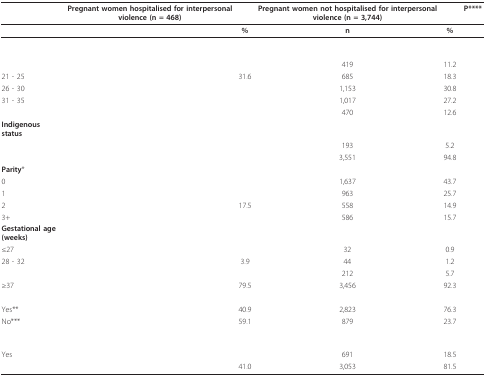
<table><thead><tr><td>[EMPTY_CELL]</td><td><b>Pregnant women hospitalised for interpersonal violence (n = 468)</b></td><td>[EMPTY_CELL]</td><td><b>Pregnant women not hospitalised for interpersonal violence (n = 3,744)</b></td><td>[EMPTY_CELL]</td><td><b>P****</b></td></tr></thead><tbody><tr><td>[EMPTY_CELL]</td><td>[EMPTY_CELL]</td><td><b>%</b></td><td><b>n</b></td><td><b>%</b></td><td>[EMPTY_CELL]</td></tr><tr><td>[EMPTY_CELL]</td><td>[EMPTY_CELL]</td><td>[EMPTY_CELL]</td><td>[EMPTY_CELL]</td><td>[EMPTY_CELL]</td><td>[EMPTY_CELL]</td></tr><tr><td>[EMPTY_CELL]</td><td>[EMPTY_CELL]</td><td>[EMPTY_CELL]</td><td>419</td><td>11.2</td><td>[EMPTY_CELL]</td></tr><tr><td>21 - 25</td><td>[EMPTY_CELL]</td><td>31.6</td><td>685</td><td>18.3</td><td>[EMPTY_CELL]</td></tr><tr><td>26 - 30</td><td>[EMPTY_CELL]</td><td>[EMPTY_CELL]</td><td>1,153</td><td>30.8</td><td>[EMPTY_CELL]</td></tr><tr><td>31 - 35</td><td>[EMPTY_CELL]</td><td>[EMPTY_CELL]</td><td>1,017</td><td>27.2</td><td>[EMPTY_CELL]</td></tr><tr><td>[EMPTY_CELL]</td><td>[EMPTY_CELL]</td><td>[EMPTY_CELL]</td><td>470</td><td>12.6</td><td>[EMPTY_CELL]</td></tr><tr><td><b>Indigenous status</b></td><td>[EMPTY_CELL]</td><td>[EMPTY_CELL]</td><td>[EMPTY_CELL]</td><td>[EMPTY_CELL]</td><td>[EMPTY_CELL]</td></tr><tr><td>[EMPTY_CELL]</td><td>[EMPTY_CELL]</td><td>[EMPTY_CELL]</td><td>193</td><td>5.2</td><td>[EMPTY_CELL]</td></tr><tr><td>[EMPTY_CELL]</td><td>[EMPTY_CELL]</td><td>[EMPTY_CELL]</td><td>3,551</td><td>94.8</td><td>[EMPTY_CELL]</td></tr><tr><td><b>Parity</b>*</td><td>[EMPTY_CELL]</td><td>[EMPTY_CELL]</td><td>[EMPTY_CELL]</td><td>[EMPTY_CELL]</td><td>[EMPTY_CELL]</td></tr><tr><td>0</td><td>[EMPTY_CELL]</td><td>[EMPTY_CELL]</td><td>1,637</td><td>43.7</td><td>[EMPTY_CELL]</td></tr><tr><td>1</td><td>[EMPTY_CELL]</td><td>[EMPTY_CELL]</td><td>963</td><td>25.7</td><td>[EMPTY_CELL]</td></tr><tr><td>2</td><td>[EMPTY_CELL]</td><td>17.5</td><td>558</td><td>14.9</td><td>[EMPTY_CELL]</td></tr><tr><td>3+</td><td>[EMPTY_CELL]</td><td>[EMPTY_CELL]</td><td>586</td><td>15.7</td><td>[EMPTY_CELL]</td></tr><tr><td><b>Gestational age (weeks)</b></td><td>[EMPTY_CELL]</td><td>[EMPTY_CELL]</td><td>[EMPTY_CELL]</td><td>[EMPTY_CELL]</td><td>[EMPTY_CELL]</td></tr><tr><td>≤27</td><td>[EMPTY_CELL]</td><td>[EMPTY_CELL]</td><td>32</td><td>0.9</td><td>[EMPTY_CELL]</td></tr><tr><td>28 - 32</td><td>[EMPTY_CELL]</td><td>3.9</td><td>44</td><td>1.2</td><td>[EMPTY_CELL]</td></tr><tr><td>[EMPTY_CELL]</td><td>[EMPTY_CELL]</td><td>[EMPTY_CELL]</td><td>212</td><td>5.7</td><td>[EMPTY_CELL]</td></tr><tr><td>≥37</td><td>[EMPTY_CELL]</td><td>79.5</td><td>3,456</td><td>92.3</td><td>[EMPTY_CELL]</td></tr><tr><td>[EMPTY_CELL]</td><td>[EMPTY_CELL]</td><td>[EMPTY_CELL]</td><td>[EMPTY_CELL]</td><td>[EMPTY_CELL]</td><td>[EMPTY_CELL]</td></tr><tr><td>Yes**</td><td>[EMPTY_CELL]</td><td>40.9</td><td>2,823</td><td>76.3</td><td>[EMPTY_CELL]</td></tr><tr><td>No***</td><td>[EMPTY_CELL]</td><td>59.1</td><td>879</td><td>23.7</td><td>[EMPTY_CELL]</td></tr><tr><td>[EMPTY_CELL]</td><td>[EMPTY_CELL]</td><td>[EMPTY_CELL]</td><td>[EMPTY_CELL]</td><td>[EMPTY_CELL]</td><td>[EMPTY_CELL]</td></tr><tr><td>Yes</td><td>[EMPTY_CELL]</td><td>[EMPTY_CELL]</td><td>691</td><td>18.5</td><td>[EMPTY_CELL]</td></tr><tr><td>[EMPTY_CELL]</td><td>[EMPTY_CELL]</td><td>41.0</td><td>3,053</td><td>81.5</td><td>[EMPTY_CELL]</td></tr></tbody></table>